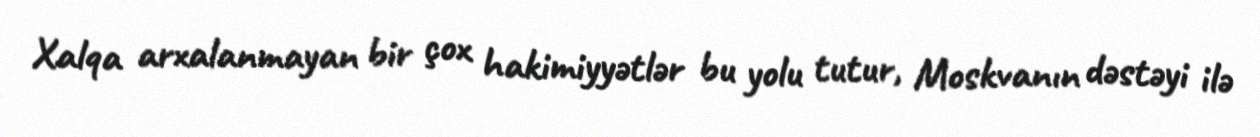
Xalqa arxalanmayan bir çox hakimiyyətlər bu yolu tutur, Moskvanın dəstəyi ilə